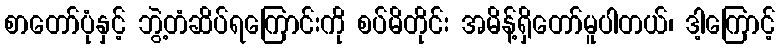
စာတော်ပုံနှင့် ဘွဲ့တံဆိပ်ရကြောင်းကို စပ်မိတိုင်း အမိန့်ရှိတော်မူပါတယ်၊ ဒါ့ကြောင့်